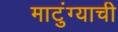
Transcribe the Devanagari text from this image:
माटुंग्याची